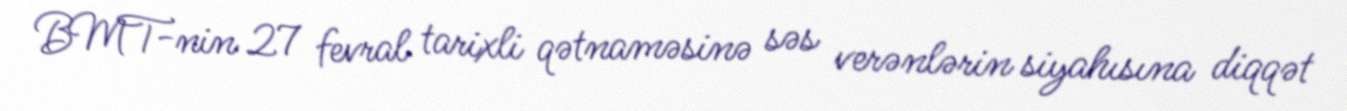
BMT-nin 27 fevral tarixli qətnaməsinə səs verənlərin siyahısına diqqət